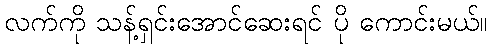
လက်ကို သန့်ရှင်းအောင်ဆေးရင် ပို ကောင်းမယ်။